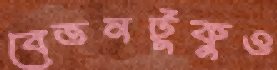
বেতনটুকুও